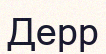
Дерр